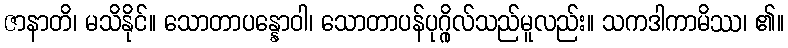
ဇာနာတိ၊ မသိနိုင်။ သောတာပန္နောဝါ၊ သောတာပန်ပုဂ္ဂိုလ်သည်မူလည်း။ သကဒါကာမိဿ၊ ၏။